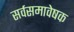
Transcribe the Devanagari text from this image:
सर्वसमावेषक